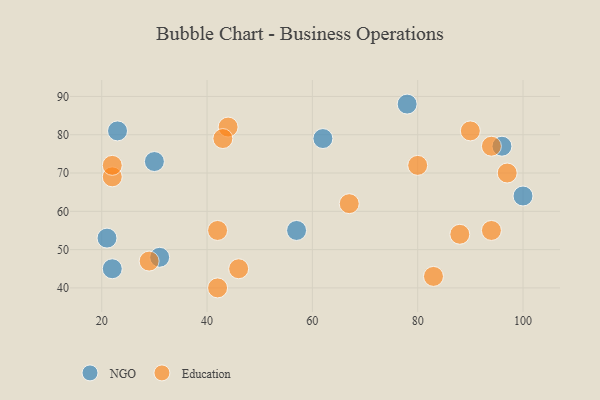
{"axis": {"x": "GDP", "y": "Life Expectancy"}, "legend": ["Education", "NGO"], "data": [{"x": "78", "y": 88, "type": "NGO"}, {"x": "96", "y": 77, "type": "NGO"}, {"x": "100", "y": 64, "type": "NGO"}, {"x": "23", "y": 81, "type": "NGO"}, {"x": "21", "y": 53, "type": "NGO"}, {"x": "31", "y": 48, "type": "NGO"}, {"x": "30", "y": 73, "type": "NGO"}, {"x": "62", "y": 79, "type": "NGO"}, {"x": "22", "y": 45, "type": "NGO"}, {"x": "57", "y": 55, "type": "NGO"}, {"x": "42", "y": 55, "type": "Education"}, {"x": "44", "y": 82, "type": "Education"}, {"x": "80", "y": 72, "type": "Education"}, {"x": "67", "y": 62, "type": "Education"}, {"x": "22", "y": 69, "type": "Education"}, {"x": "29", "y": 47, "type": "Education"}, {"x": "22", "y": 72, "type": "Education"}, {"x": "46", "y": 45, "type": "Education"}, {"x": "94", "y": 77, "type": "Education"}, {"x": "97", "y": 70, "type": "Education"}, {"x": "90", "y": 81, "type": "Education"}, {"x": "43", "y": 79, "type": "Education"}, {"x": "88", "y": 54, "type": "Education"}, {"x": "42", "y": 40, "type": "Education"}, {"x": "83", "y": 43, "type": "Education"}, {"x": "94", "y": 55, "type": "Education"}]}